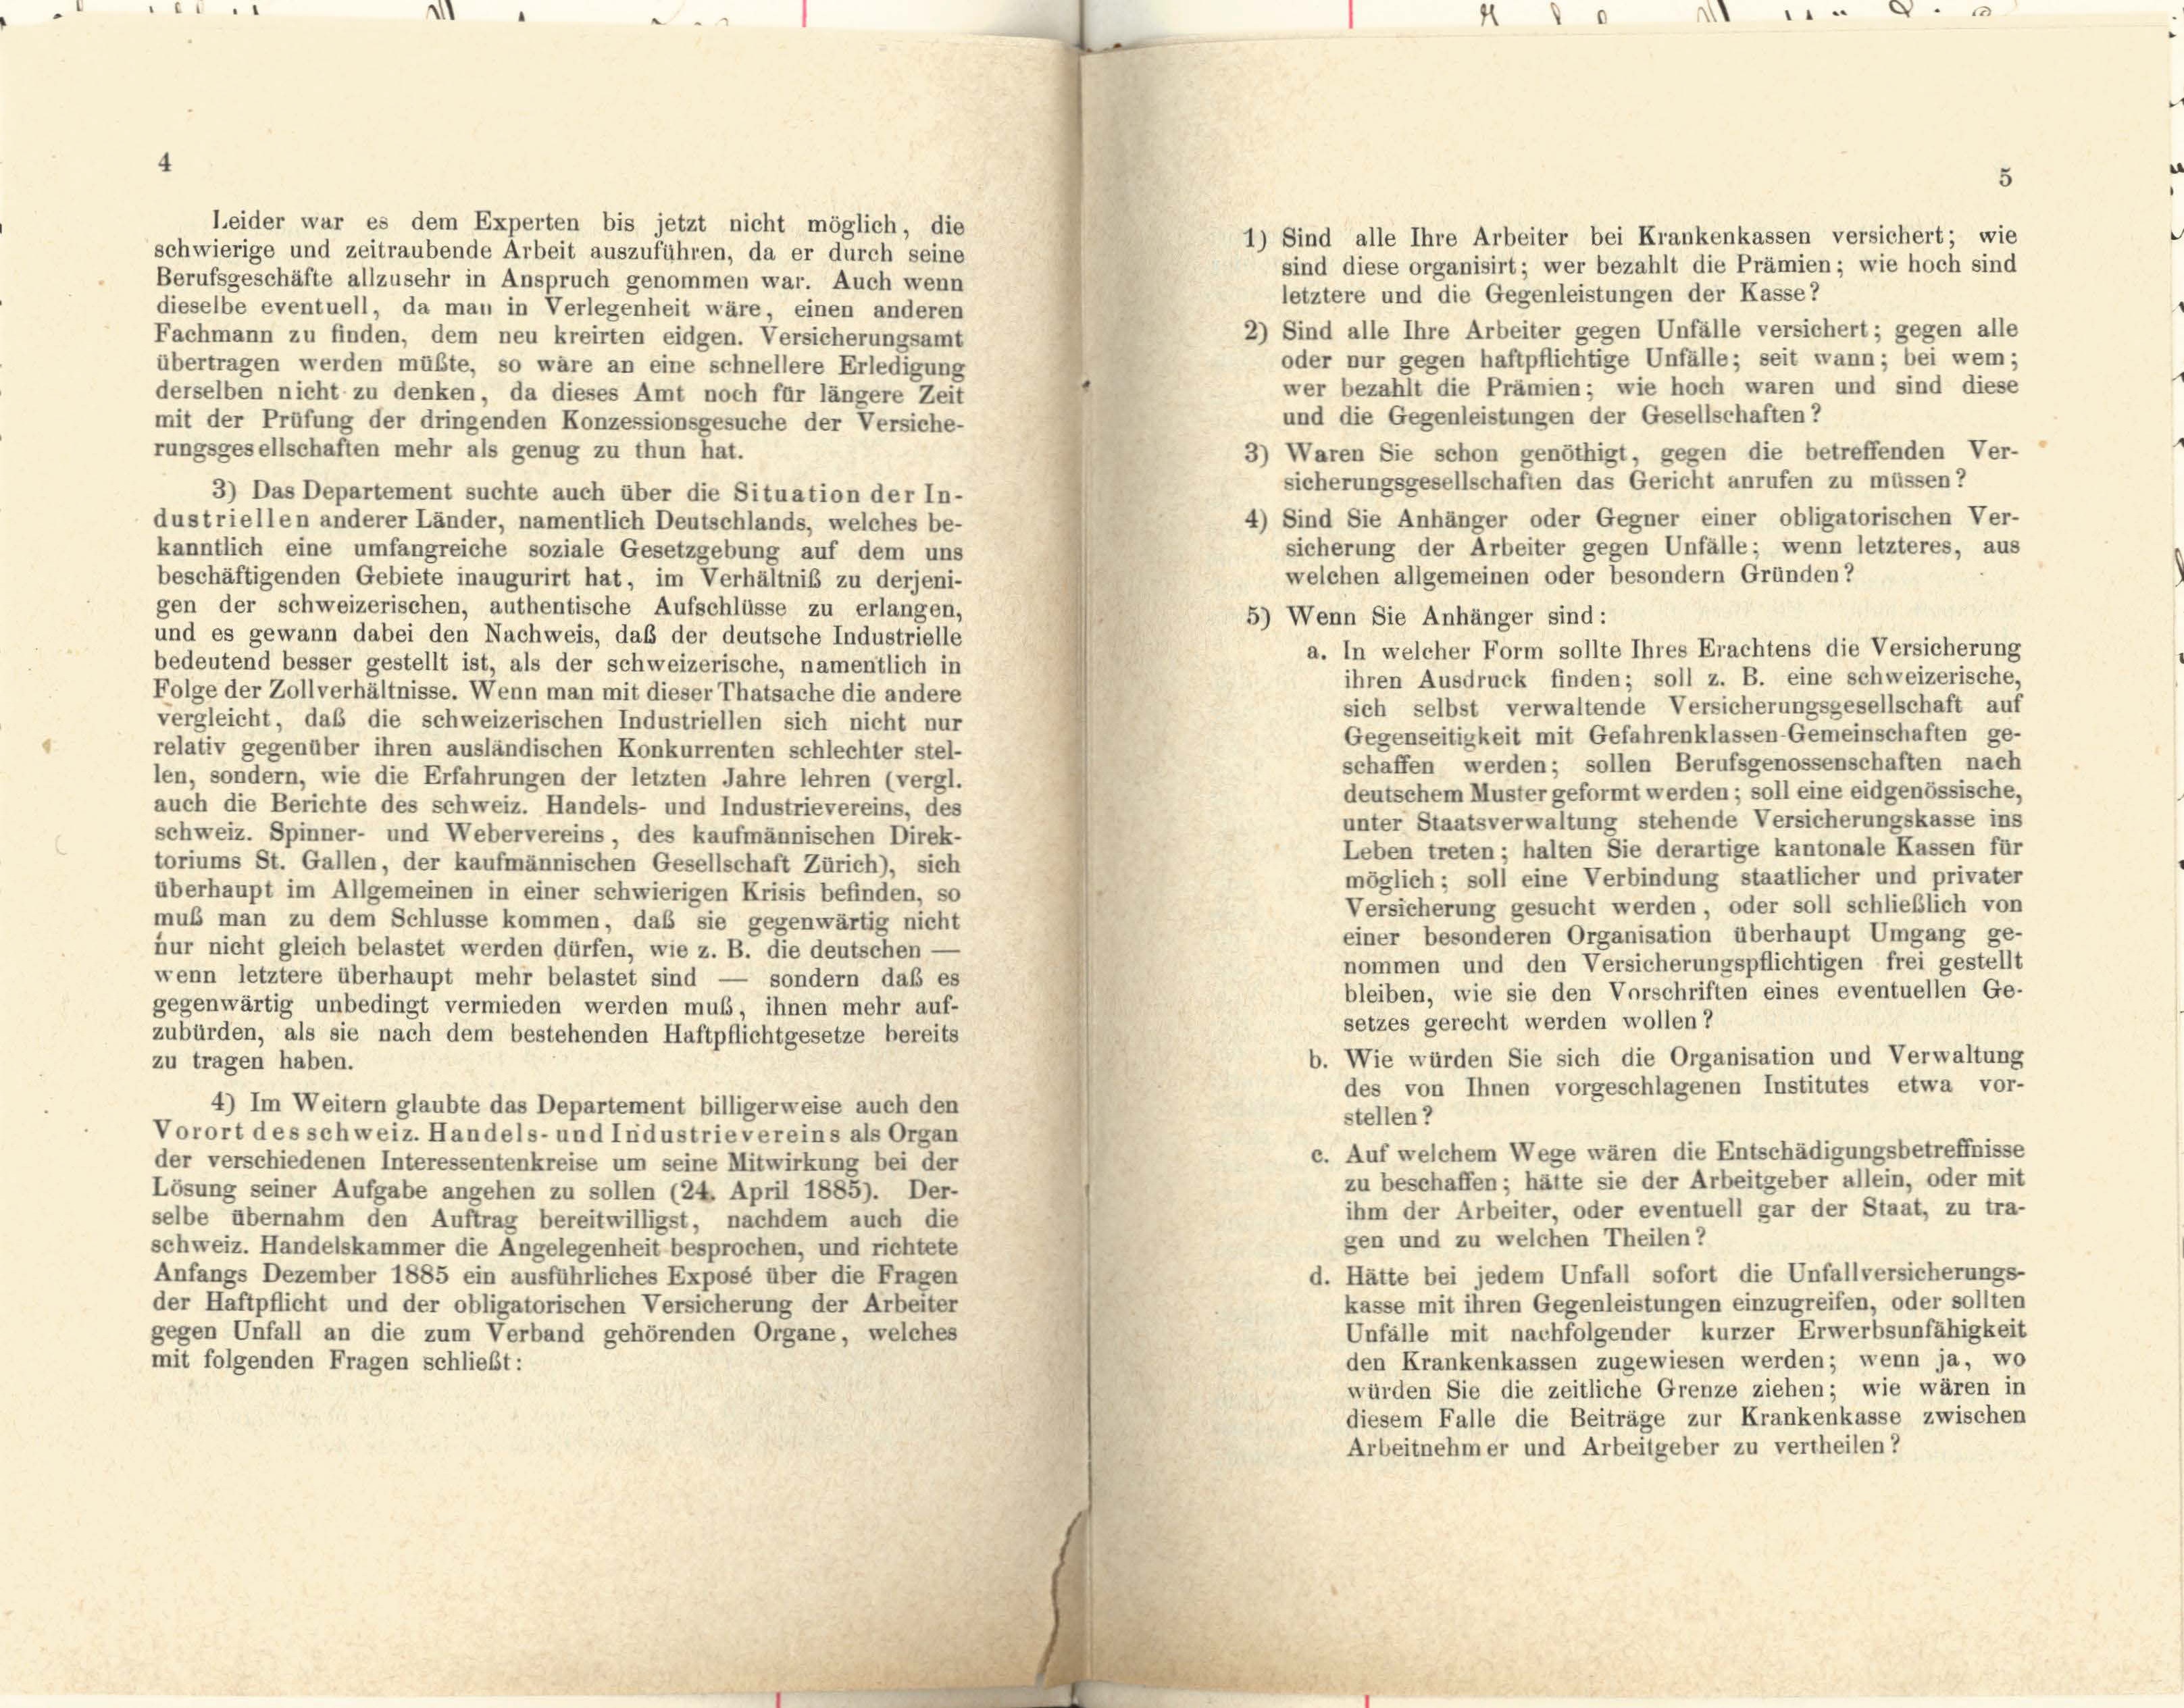
Leider war es dem Experten bis jetzt nicht möglich, die
1) Sind alle Ihre Arbeiter bei Krankenkassen versichert; wie
schwierige und zeitraubende Arbeit auszuführen, da er durch seine
sind diese organisirt; wer bezahlt die Prämien; wie hoch sind
Berufsgeschäfte allzusehr in Anspruch genommen war. Auch wenn
letztere und die Gegenleistungen der Kasse?
dieselbe eventuell, da man in Verlegenheit wäre, einen anderen
2) Sind alle Ihre Arbeiter gegen Unfälle versichert; gegen alle
Fachmann zu finden, dem neu kreirten eidgen. Versicherungsamt
oder nur gegen haftpflichtige Unfälle; seit wann; bei wem;
übertragen werden müßte, so wäre an eine schnellere Erledigung
wer bezahlt die Prämien; wie hoch waren und sind diese
derselben nicht zu denken, da dieses Amt noch für längere Zeit
und die Gegenleistungen der Gesellschaften?
mit der Prüfung der dringenden Konzessionsgesuche der Versiche-
rungsgesellschaften mehr als genug zu thun hat.
3) Waren Sie schon genöthigt, gegen die betreffenden Ver-
sicherungsgesellschaften das Gericht anrufen zu müssen?
3) Das Departement suchte auch über die Situation der In-
4) Sind Sie Anhänger oder Gegner einer obligatorischen Ver-
dustriellen anderer Länder, namentlich Deutschlands, welches be-
sicherung der Arbeiter gegen Unfälle; wenn letzteres, aus
kanntlich eine umfangreiche soziale Gesetzgebung auf dem uns
welchen allgemeinen oder besondern Gründen?
beschäftigenden Gebiete inaugurirt hat, im Verhältniß zu derjeni-
gen der schweizerischen, authentische Aufschlüsse zu erlangen,
5) Wenn Sie Anhänger sind:
und es gewann dabei den Nachweis, daß der deutsche Industrielle
a. In welcher Form sollte Ihres Erachtens die Versicherung
bedeutend besser gestellt ist, als der schweizerische, namentlich in
ihren Ausdruck finden; soll z. B. eine schweizerische,
Folge der Zollverhältnisse. Wenn man mit dieser Thatsache die andere
sich selbst verwaltende Versicherungsgesellschaft auf
vergleicht, das die schweizerischen Industriellen sich nicht nur
Gegenseitigkeit mit Gefahrenklassen-Gemeinschaften ge-
relativ gegenüber ihren ausländischen Konkurrenten schlechter stel-
schaffen werden; sollen Berufsgenossenschaften nach
len, sondern, wie die Erfahrungen der letzten Jahre lehren (vergl.
deutschem Muster geformt werden; soll eine eidgenössische,
auch die Berichte des Schweiz. Handels- und Industrievereins, des
unter Staatsverwaltung stehende Versicherungskasse ins
schweiz. Spinner- und Webervereins, des kaufmännischen Direk-
Leben treten; halten Sie derartige kantonale Kassen für
toriums St. Gallen, der kaufmännischen Gesellschaft Zürich), sich
möglich; soll eine Verbindung staatlicher und privater
überhaupt im Allgemeinen in einer schwierigen Krisis befinden, so
Versicherung gesucht werden, oder soll schließlich von
muß man zu dem Schlüsse kommen, daß sie gegenwärtig nicht
einer besonderen Organisation überhaupt Umgang ge-
nur nicht gleich belastet werden dürfen, wie z. B. die deutschen —
nommen und den Versicherungspflichtigen frei gestellt
wenn letztere überhaupt mehr belastet sind — sondern daß es
bleiben, wie sie den Vorschriften eines eventuellen Ge-
gegenwärtig unbedingt vermieden werden muß, ihnen mehr auf-
setzes gerecht werden wollen?
zubürden, als sie nach dem bestehenden Haftpflichtgesetze bereits
b. Wie würden Sie sich die Organisation und Verwaltung
zu tragen haben.
des von Ihnen vorgeschlagenen Institutes etwa vor-
4) Im Weitern glaubte das Departement billigerweise auch den
stellen?
Vorort des schweiz. Handels- und Industrie vereins als Organ
c. Auf welchem Wege wären die Entschädigungsbetreffnisse
der verschiedenen Interessentenkreise um seine Mitwirkung bei der
zu beschaffen; hätte sie der Arbeitgeber allein, oder mit
Lösung seiner Aufgabe angehen zu sollen (24. April 1885). Der-
ihm der Arbeiter, oder eventuell gar der Staat, zu tra-
selbe übernahm den Auftrag bereitwilligst, nachdem auch die
gen und zu welchen Theilen?
schweiz. Handelskammer die Angelegenheit besprochen, und richtete
d. Hätte bei jedem Unfall sofort die Unfallversicherungs-
Anfangs Dezember 1885 ein ausführliches Exposé über die Fragen
kasse mit ihren Gegenleistungen einzugreifen, oder sollten
der Haftpflicht und der obligatorischen Versicherung der Arbeiter
Unfälle mit nachfolgender kurzer Erwerbsunfähigkeit
gegen Unfall an die zum Verband gehörenden Organe, welches
den Krankenkassen zugewiesen werden; wenn ja, wo
mit folgenden Fragen schließt:
würden Sie die zeitliche Grenze ziehen; wie wären in
diesem Falle die Beiträge zur Krankenkasse zwischen
Arbeitnehmer und Arbeitgeber zu vertheilen?

.

5